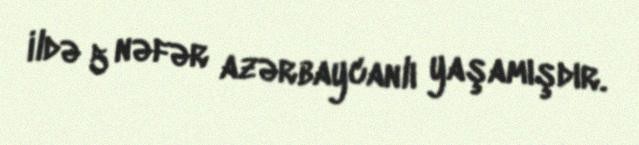
ildə 5 nəfər azərbaycanlı yaşamışdır.